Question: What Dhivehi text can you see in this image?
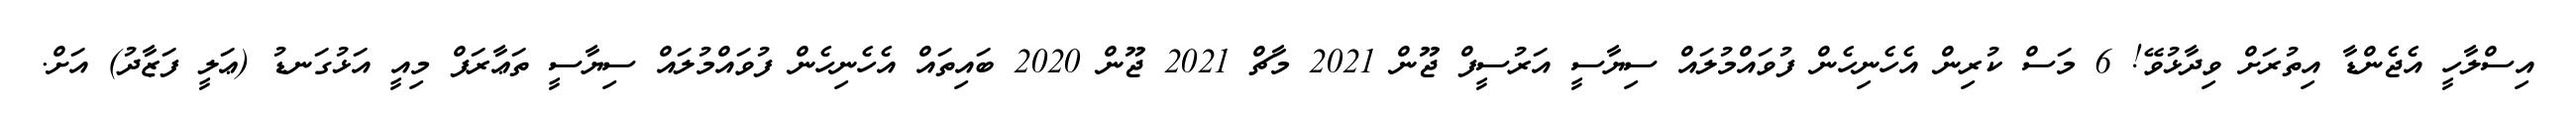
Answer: އިސްލާހީ އެޖެންޑާ އިތުރަށް ވިދާޅުވޭ! 6 މަސް ކުރިން އެހެނިހެން ފުވައްމުލައް ސިޔާސީ އަރުސީފް ޖޫން 2021 މާޗް 2021 ޖޫން 2020 ބައިތައް އެހެނިހެން ފުވައްމުލައް ސިޔާސީ ތަޢާރަފް މިއީ އަޅުގަނޑު (ޢަލީ ފަޒާދު) އަށް.